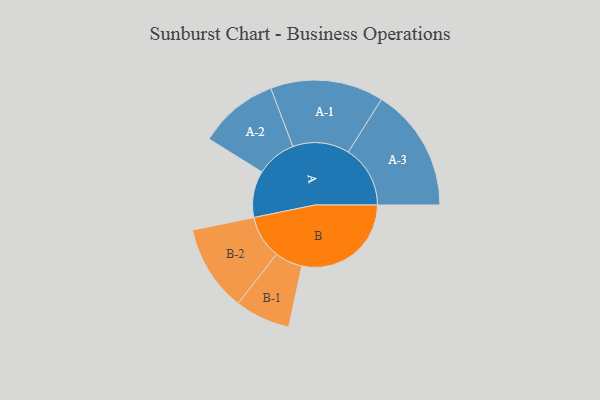
{"axis": {"x": "Segment", "y": "Value"}, "legend": ["", "A", "B"], "data": [{"x": "A", "y": 212, "type": ""}, {"x": "B", "y": 498, "type": ""}, {"x": "A-1", "y": 258, "type": "A"}, {"x": "A-2", "y": 182, "type": "A"}, {"x": "A-3", "y": 282, "type": "A"}, {"x": "B-1", "y": 126, "type": "B"}, {"x": "B-2", "y": 197, "type": "B"}]}